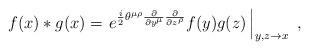
LaTeX: \begin{align*}f(x) \ast g(x) = \left.e^{\frac{i}{2}\theta^{\mu\rho}\frac{\partial}{\partial y^{\mu}}\frac{\partial}{\partial z^{\rho}}}f(y)g(z)\, \right|_{y,z\to x}~,\end{align*}